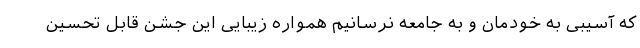
که آسیبی به خودمان و به جامعه نرسانیم همواره زیبایی این جشن قابل تحسین